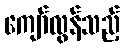
ကျော်လွန်သည့်